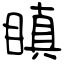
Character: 瞋